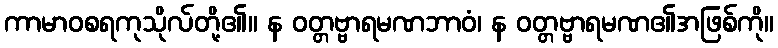
ကာမာဝစရကုသိုလ်တို့၏။ န ဝတ္တဗ္ဗာရမဏဘာဝံ၊ န ဝတ္တဗ္ဗာရမဏ၏အဖြစ်ကို။